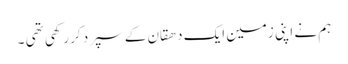
ہم نے اپنی زمین ایک دھقان کے سپرد کر رکھی تھی ۔